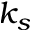
k _ { s }